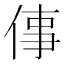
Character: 倳